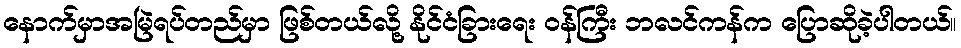
နောက်မှာအမြဲရပ်တည်မှာ ဖြစ်တယ်လို့ နိုင်ငံခြားရေး ဝန်ကြီး ဘလင်ကန်က ပြောဆိုခဲ့ပါတယ်။